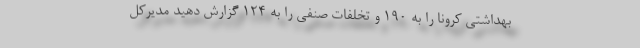
بهداشتی کرونا را به ۱۹۰ و تخلفات صنفی را به ۱۲۴ گزارش دهید مدیرکل